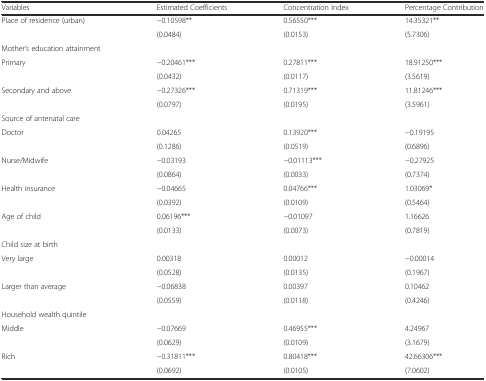
<table><thead><tr><td><b>Variables</b></td><td><b>Estimated Coefficients</b></td><td><b>Concentration Index</b></td><td><b>Percentage Contribution</b></td></tr></thead><tbody><tr><td>Place of residence (urban)</td><td>−0.10598**</td><td>0.56550***</td><td>14.35321**</td></tr><tr><td></td><td>(0.0484)</td><td>(0.0153)</td><td>(5.7306)</td></tr><tr><td>Mother’s education attainment</td><td></td><td></td><td></td></tr><tr><td>Primary</td><td>−0.20461***</td><td>0.27811***</td><td>18.91250***</td></tr><tr><td></td><td>(0.0432)</td><td>(0.0117)</td><td>(3.5619)</td></tr><tr><td>Secondary and above</td><td>−0.27326***</td><td>0.71319***</td><td>11.81246***</td></tr><tr><td></td><td>(0.0797)</td><td>(0.0195)</td><td>(3.5961)</td></tr><tr><td>Source of antenatal care</td><td></td><td></td><td></td></tr><tr><td>Doctor</td><td>0.04265</td><td>0.13920***</td><td>−0.19195</td></tr><tr><td></td><td>(0.1286)</td><td>(0.0519)</td><td>(0.6896)</td></tr><tr><td>Nurse/Midwife</td><td>−0.03193</td><td>−0.01113***</td><td>−0.27925</td></tr><tr><td></td><td>(0.0864)</td><td>(0.0033)</td><td>(0.7374)</td></tr><tr><td>Health insurance</td><td>−0.04665</td><td>0.04766***</td><td>1.03069*</td></tr><tr><td></td><td>(0.0392)</td><td>(0.0109)</td><td>(0.5464)</td></tr><tr><td>Age of child</td><td>0.06196***</td><td>−0.01097</td><td>1.16626</td></tr><tr><td></td><td>(0.0133)</td><td>(0.0073)</td><td>(0.7819)</td></tr><tr><td>Child size at birth</td><td></td><td></td><td></td></tr><tr><td>Very large</td><td>0.00318</td><td>0.00012</td><td>−0.00014</td></tr><tr><td></td><td>(0.0528)</td><td>(0.0135)</td><td>(0.1967)</td></tr><tr><td>Larger than average</td><td>−0.06838</td><td>0.00397</td><td>0.10462</td></tr><tr><td></td><td>(0.0559)</td><td>(0.0118)</td><td>(0.4246)</td></tr><tr><td>Household wealth quintile</td><td></td><td></td><td></td></tr><tr><td>Middle</td><td>−0.07669</td><td>0.46955***</td><td>4.24967</td></tr><tr><td></td><td>(0.0629)</td><td>(0.0109)</td><td>(3.1679)</td></tr><tr><td>Rich</td><td>−0.31811***</td><td>0.80418***</td><td>42.66306***</td></tr><tr><td></td><td>(0.0692)</td><td>(0.0105)</td><td>(7.0602)</td></tr></tbody></table>